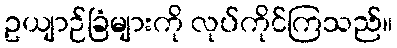
ဥယျာဉ်ခြံများကို လုပ်ကိုင်ကြသည်။